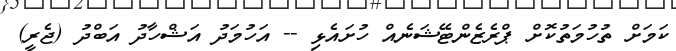
ކަމަށް ތުހުމަތުކޮށް ޕްރެޒެންޓޭޝަނެއް ހުށައެޅި -- އަހުމަދު އަޝްހާދު އަބްދު (ޖެރީ)